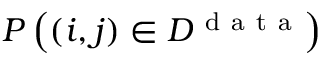
P \left( ( i , j ) \in { \cal D } ^ { \mathrm { ~ d ~ a ~ t ~ a ~ } } \right)